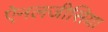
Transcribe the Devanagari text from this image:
ऐनलजीसिया